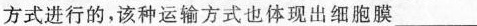
方式进行的，该种运输方式也体现出细胞膜___